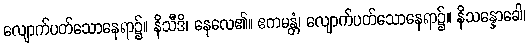
လျောက်ပတ်သောနေရာ၌။ နိသီဒိ၊ နေလေ၏။ ဧကမန္တံ၊ လျောက်ပတ်သောနေရာ၌။ နိသန္နောခေါ၊